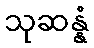
သုဆန္နံ